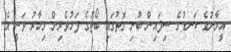
އީރާނުގެ ކަނޑުގެ ސިފައިން ބުނި ގޮތުގައި ބޯޓުގެ ފަޅުވެރިން މިހާރު ވަނީ އެ